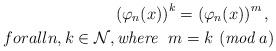
LaTeX: \begin{align*}\left( \varphi_n(x) \right)^k =\left( \varphi_n(x) \right)^m, \ \\forall n,k\in \mathcal{N}, \textit{where}\ \ m=k\ (\textit{mod}\ a)\end{align*}